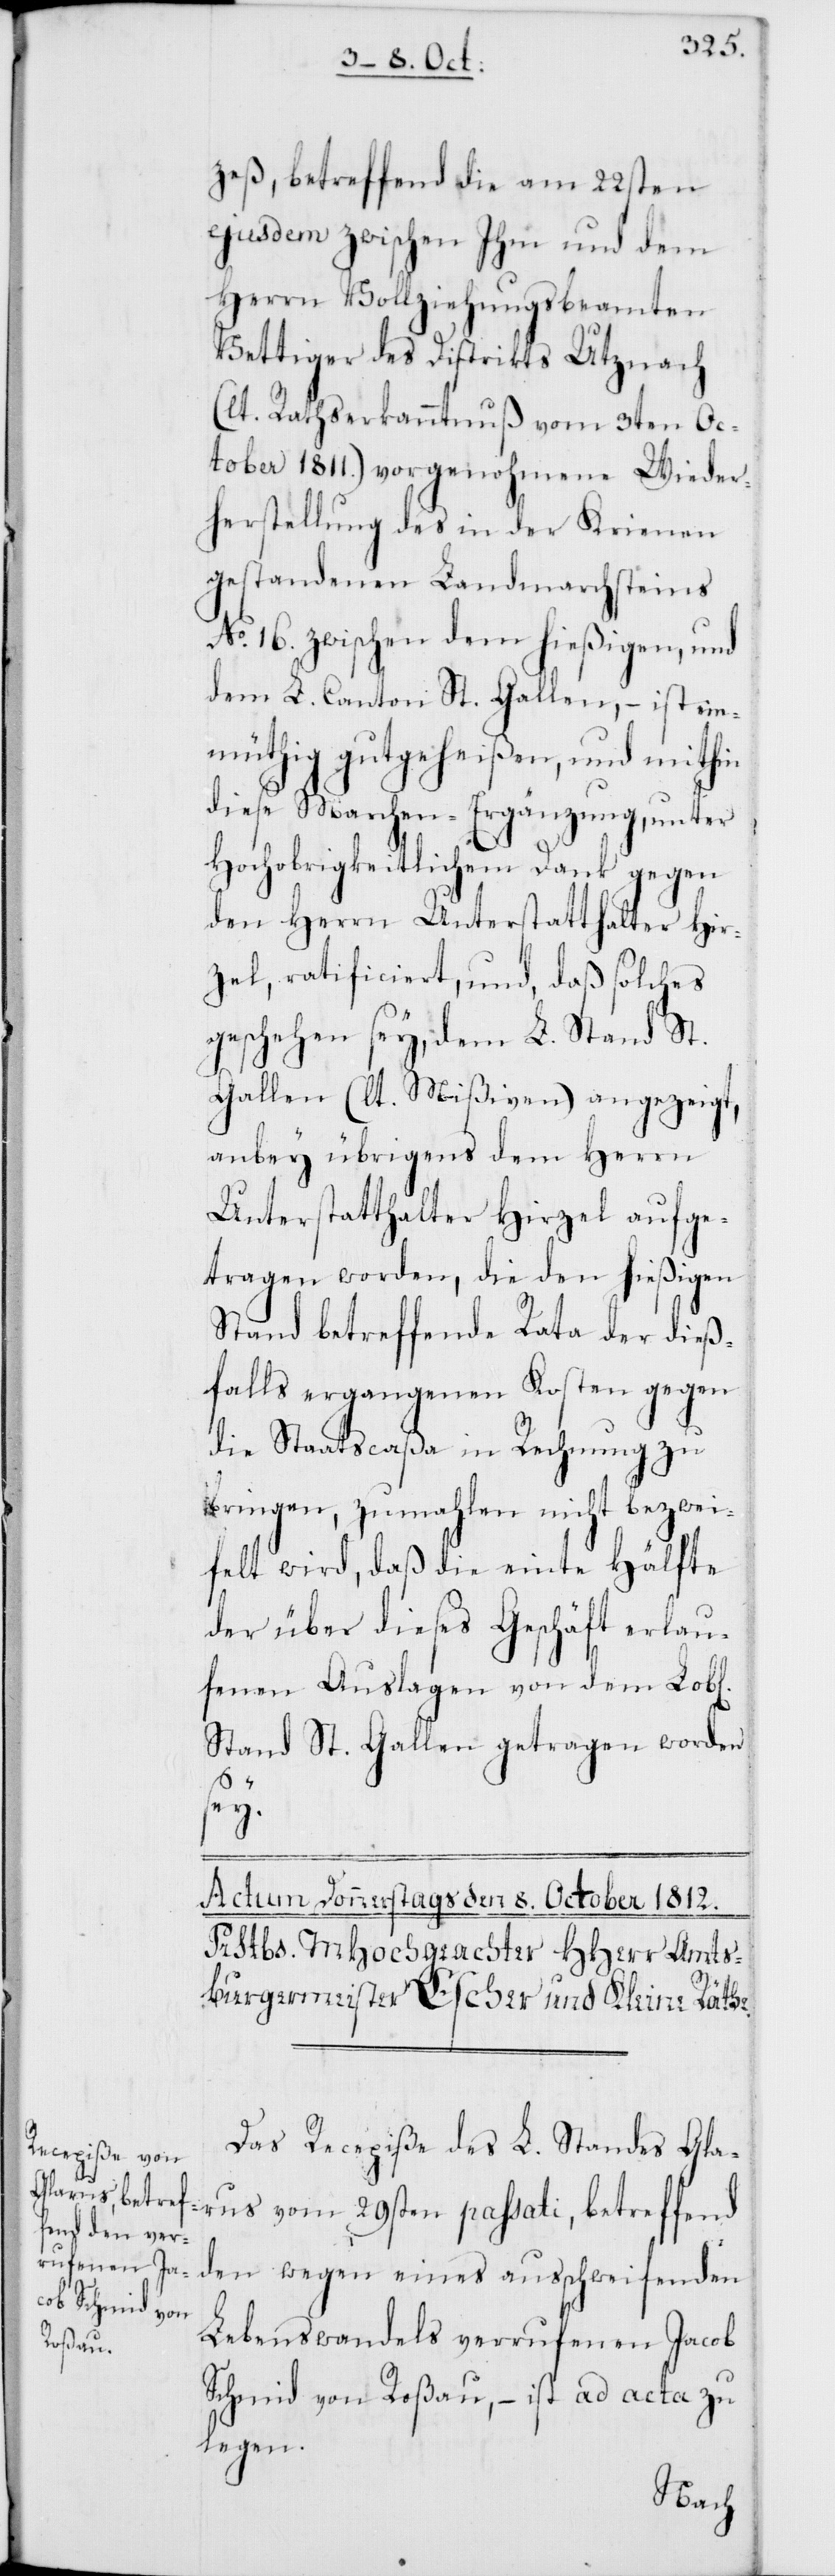
zeß, betreffend die am 22sten
ejusdem zwischen Ihm und dem
Herrn Vollziehungsbeamten
Vettiger des Distrikts Utznach
(laut Rathserkanntnuß vom 3ten Oc¬
tober 1811.) vorgenohmene Wieder¬
herstellung des in der Krienen
gestandenen Landmarchsteins
No 16. zwischen dem hießigen, und
dem L. Canton St. Gallen, – ist ein¬
müthig gutgeheißen, und mithin
diese Marchen-Ergänzung, unter
Hochobrigkeitlichem Dank gegen
den Herrn Unterstatthalter Hir¬
zel, ratificiert, und, daß solches
geschehen sey, dem L. Stand St.
Gallen (lt. Mißiven) angezeigt,
anbey übrigens dem Herrn
Unterstatthalter Hirzel aufge¬
tragen worden, die den hießigen
Stand betreffenden Rata der dieß¬
falls ergangenen Kosten gegen
die Staatscaßa in Rechnung zu
bringen, zumahlen nicht bezwey¬
felt wird, daß die einte Hälfte
der über dieses Geschäft erlau¬
fenen Auslagen von dem L.
Stand St. Gallen getragen worden
sey.
Das Recepiße des L. Standes Gla¬
rus vom 29sten passati, betreffend
den wegen eines ausschweifenden
Lebenswandels verrufenen Jacob
Schmid von Roßau, – ist ad acta zu
legen.